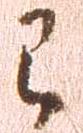
已